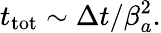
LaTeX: t_{\mathrm{tot}}\sim\Delta t/\beta_{a}^{2}.